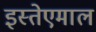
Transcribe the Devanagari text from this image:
इस्तेएमाल